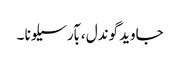
جاوید گوندل ، بآرسیلونا ۔